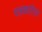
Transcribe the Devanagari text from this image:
पत्रकारिय